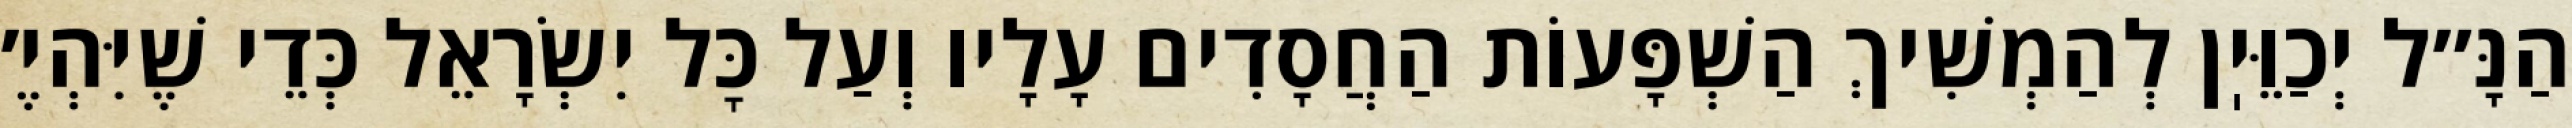
הַנָּ״ל יְכַוֵּיֽן לְהַמְשִׁיךְ הַשְׁפָּעוֹת הַחֲסָדִים עָלָיו וְעַל כׇּל יִשְׂרָאֵל כְּדֵי שֶׁיִּהְיֶ׳